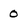
Character: 0